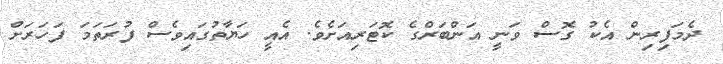
ދެމަފިރިން އެކު ގޮސް ވަނީ އަންބަރްގެ ކޮޓަރިއަށެވެ. އެއީ ހަޔާތުގައިވެސް ފުރަތަމަ ފަހަރަށް